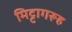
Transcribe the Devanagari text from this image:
मिट्टागरूह